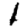
Digit: 1